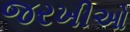
જરખીઓ